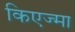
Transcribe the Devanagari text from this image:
किएज्मा